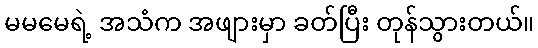
မမမေရဲ့ အသံက အဖျားမှာ ခတ်ပြီး တုန်သွားတယ်။